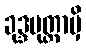
ခုဒ္ဒပုတ္တာမှိ